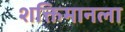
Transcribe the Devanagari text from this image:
शक्तिमानला